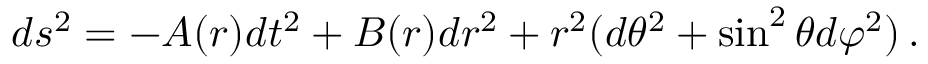
d s ^ { 2 } = - A ( r ) d t ^ { 2 } + B ( r ) d r ^ { 2 } + r ^ { 2 } ( d \theta ^ { 2 } + \sin ^ { 2 } \theta d \varphi ^ { 2 } ) \, .